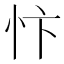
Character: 忭